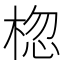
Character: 𪲨